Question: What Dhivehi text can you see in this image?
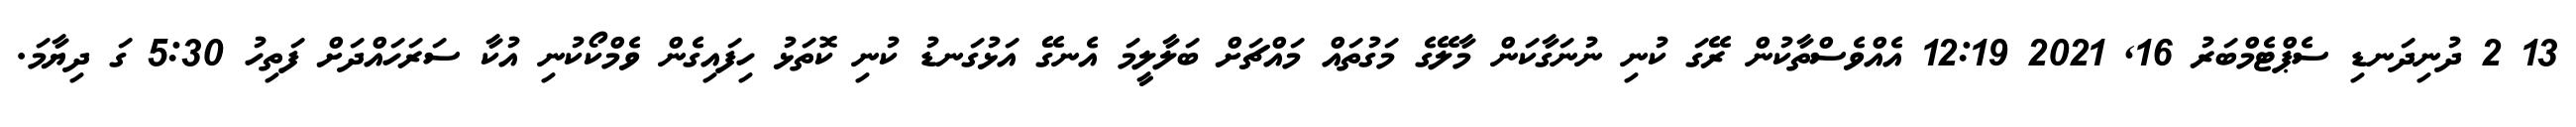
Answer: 13 2 ދުނިދަނޑި ސެޕްޓެމްބަރު 16, 2021 12:19 އެއްވެސްތާކުން ރޭގަ ކުނި ނުނަގާކަން މާލޭގެ މަގުތައް މައްޗަށް ބަލާލީމަ އެނގޭ އަޅުގަނޑު ކުނި ކޮތަޅު ހިފައިގެން ވެމްކޯކުނި އުކާ ސަރަހައްދަށް ފަތިހު 5:30 ގަ ދިޔާމަ.